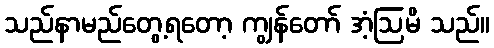
သည်နာမည်တွေ့ရတော့ ကျွန်တော် အံ့ဩမိ သည်။